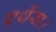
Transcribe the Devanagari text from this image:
एथेंस।